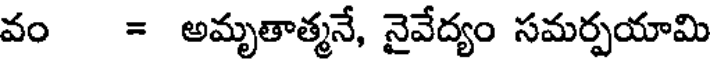
వం = అమృతాత్మనే, నైవేద్యం సమర్పయామి